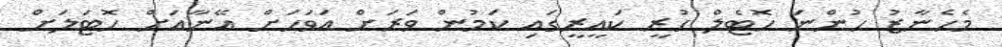
މެހެނާޒު ހުންނަ ހޮޓެލް ހުރީ ކައީރީގައި ކަމުން ވަރަށް އަވަހަށް އޭނާއަށް ހޮޓަލަށް